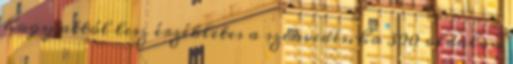
hogy attól lesz érzékletes a szenvedés, ha 300 oldalon